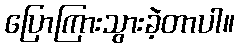
ပြောကြားသွားခဲ့တာပါ။